Mental hospitals Bombay report 1921-28 - 1921-1928
Year: 1921
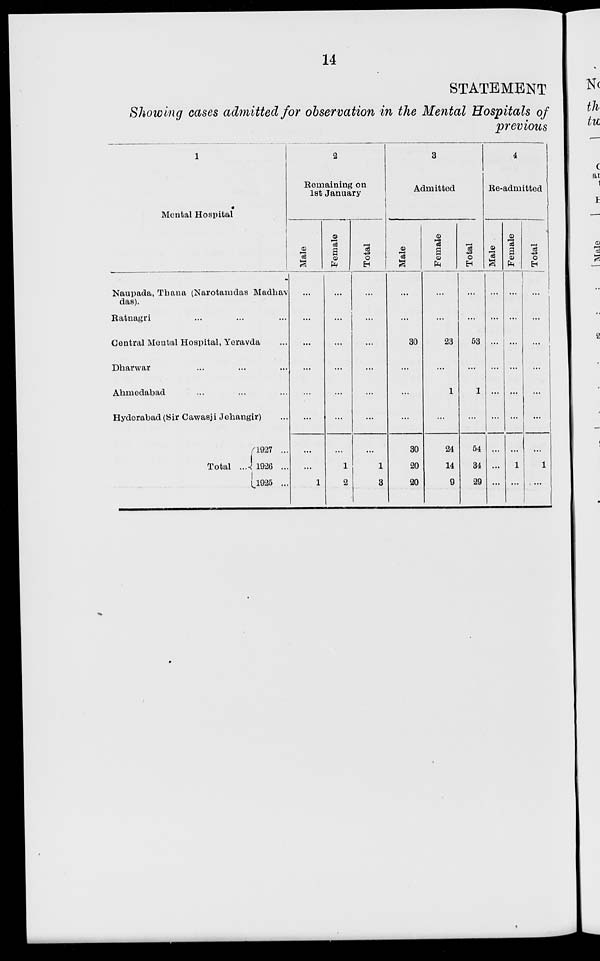
14
STATEMENT
Showing cases admitted for observation in the Mental Hospitals of
previous
1
Mental Hospital
Naupada, Thana (Narotamdas Madhav-
das).
Ratnagri ... ... ...
Central Mental Hospital, Yeravda ...
Dharwar ... ... ...
Ahmedabad ... ... ...
Hyderabad (Sir Cawasji Jehangir) ...
Total ...
1927 ...
1926 ...
1925 ...
2
Remaining on
1st January
Male
...
...
...
...
...
...
...
...
1
Female
...
...
...
...
...
...
...
1
2
Total
...
...
...
...
...
...
...
1
3
3
Admitted
Male
...
...
30
...
...
...
30
20
20
Female
...
...
23
...
1
...
24
14
9
Total
...
...
53
...
1
...
54
34
29
4
Re-admitted
Male
...
...
...
...
...
...
...
...
...
Female
...
...
...
...
...
...
...
1
...
Total
...
...
...
...
...
...
...
1
...